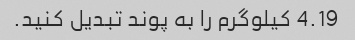
4.19 کیلوگرم را به پوند تبدیل کنید.